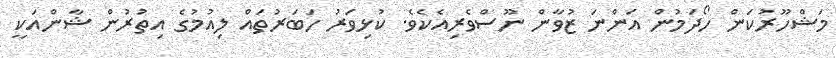
މަޝްހޫރުކަން ހޯދަމުން އަންނަ ޒުވާން ނޫސްވެރިއެކެވެ. ކުޅިވަރު ހަބަރުތައް ލިއުމުގެ އިތުރުން ޝާންއަކީ